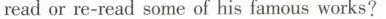
read or re-read some of his famous works?